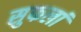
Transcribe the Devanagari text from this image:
सुफलां